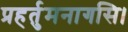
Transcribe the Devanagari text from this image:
प्रहर्तुमनागसि।